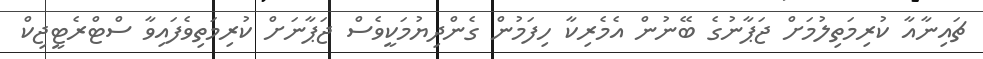
ޗައިނާއާ ކުރިމަތިލުމަށް ޖަޕާނުގެ ބޭނުން އެމެރިކާ ހިފަމުން ގެންދިޔުމަކީވެސް ޖަޕާނަށް ކުރިމަތިވެފައިވާ ސްޓްރެޓީޖިކް